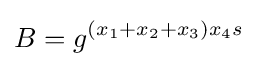
B=g^{(x_{1}+x_{2}+x_{3})x_{4}s}